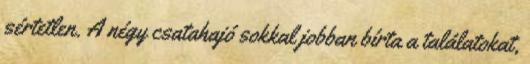
sértetlen. A négy csatahajó sokkal jobban bírta a találatokat,